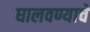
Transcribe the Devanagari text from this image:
घालवण्याचे